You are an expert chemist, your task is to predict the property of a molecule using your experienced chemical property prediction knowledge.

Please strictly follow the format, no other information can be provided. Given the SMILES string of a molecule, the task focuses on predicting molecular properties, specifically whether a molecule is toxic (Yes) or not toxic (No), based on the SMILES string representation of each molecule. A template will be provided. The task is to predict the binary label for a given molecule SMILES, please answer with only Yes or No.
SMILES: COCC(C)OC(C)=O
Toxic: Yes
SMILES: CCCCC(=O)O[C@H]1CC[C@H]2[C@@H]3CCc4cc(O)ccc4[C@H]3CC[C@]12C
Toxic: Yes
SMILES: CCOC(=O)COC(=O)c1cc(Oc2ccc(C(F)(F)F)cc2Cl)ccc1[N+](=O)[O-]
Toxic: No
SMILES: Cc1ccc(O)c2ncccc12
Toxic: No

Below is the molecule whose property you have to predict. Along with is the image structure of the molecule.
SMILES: CC(C)c1nnc2ccc(-c3ocnc3-c3cc(F)ccc3F)cn12
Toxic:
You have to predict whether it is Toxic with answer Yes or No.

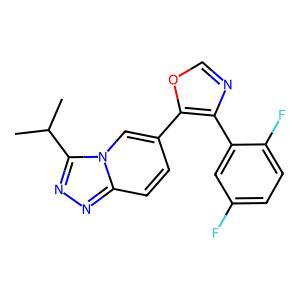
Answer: No